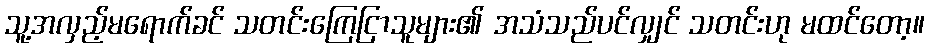
သူ့အလှည့်မရောက်ခင် သတင်းကြေငြာသူများ၏ အသံသည်ပင်လျှင် သတင်းဟု မထင်တော့။